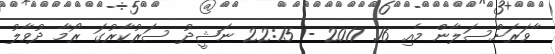
ާވަރަށްސަލާން މެއި 16